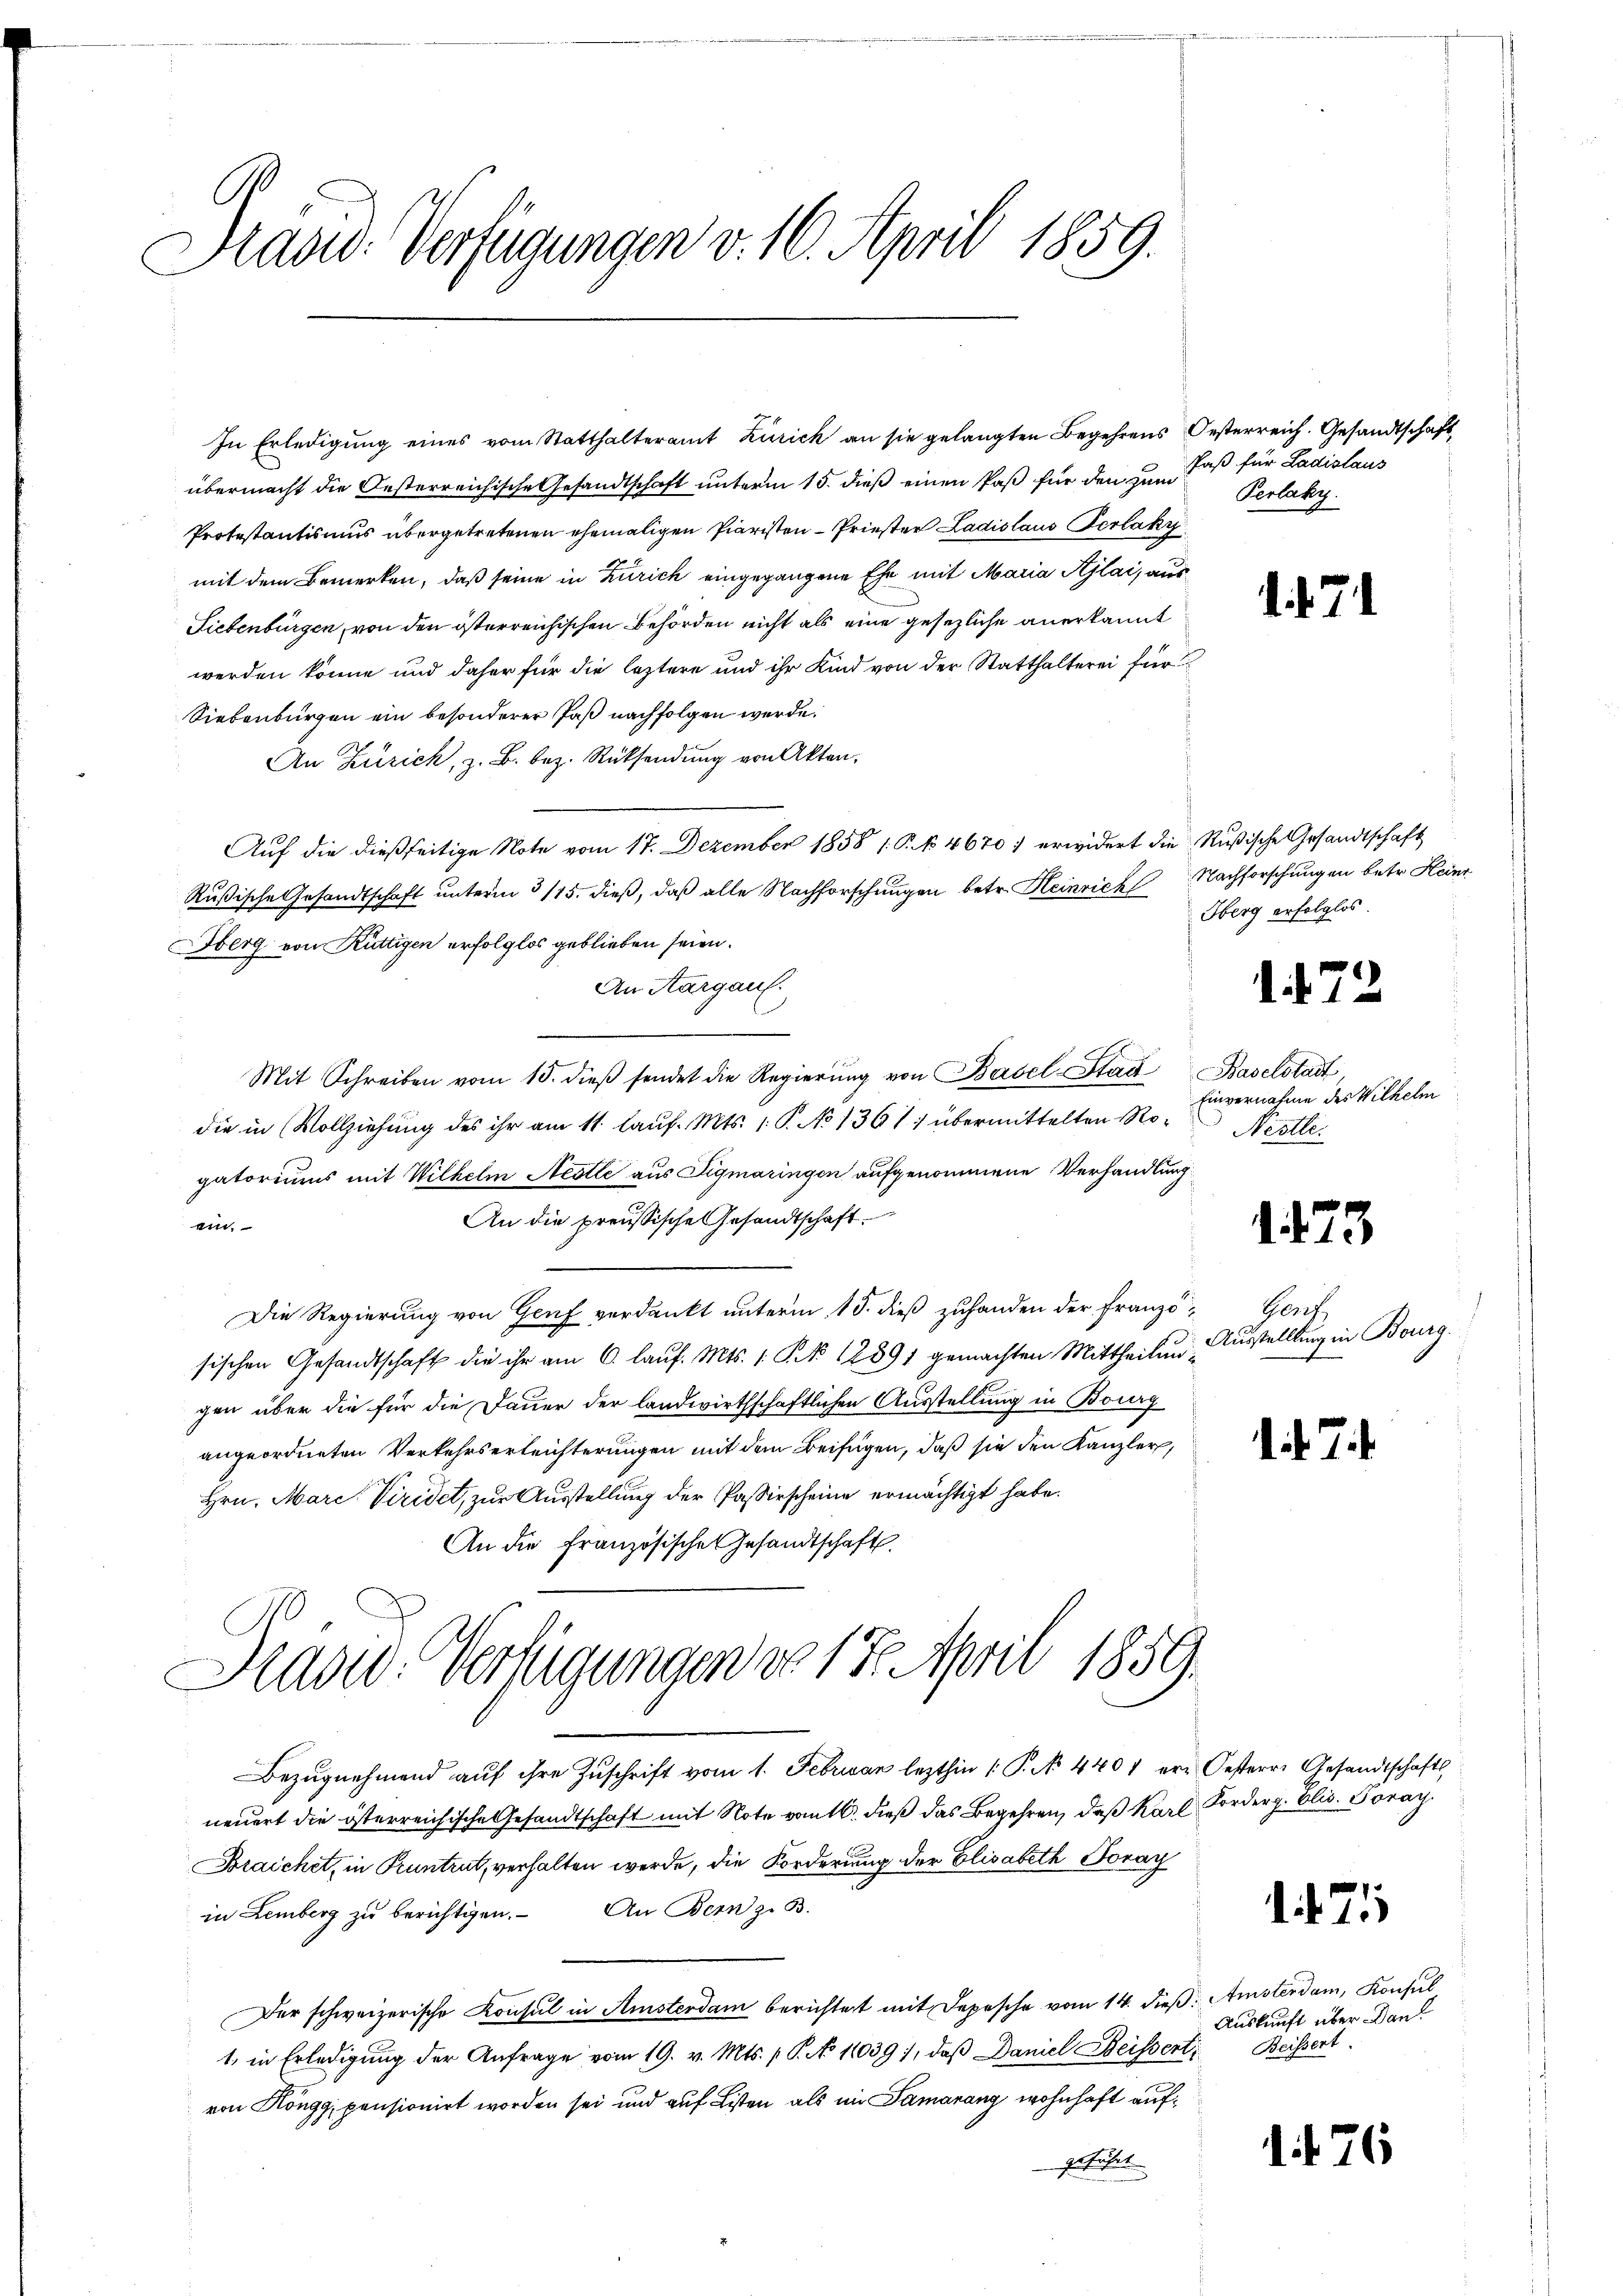
Präsid. Verfügungen v. 16. April 1859.

In Erledigung eines vom Statthalteramt Zürich an sie gelangten Begehrens Oesterreich. Gesandtschaft,
übermacht die Oesterreichische Gesandtschaft unterm 15. dieß einen Paß für den zum
Protestantismus übergetretenen ehemaligen Paristen Priester Ladislaus Verlakz
mit dem Bemerken, daß seine in Zürich eingegangene Ehe mit Maria Ajlai, aus
Liebenbürgen, von den österreichischen Behörden nicht als eine gesezliche anerkannt
werden könne und daher für die leztere und ihr Kind von der Statthalterei für
Siebenbürgen ein besonderer Paß nachfolgen werde.
An Zürich, z. B. bez. Rücksendung von Akten.
Auf die dießseitige Note vom 17. Dezember 1858 1. P. N. 4670) erwidert die Rußische Gesandtschaft
Rußische Gesandtschaft unterm 3115. dieß, daß alle Nachforschungen betr. Heinrich
Sberg von Rüttigen erfolglos geblieben seien.
An Aargau.
Mit Schreiben vom 15. dieβ sendet die Regierŭng von Basel-Stad Baselstadt
die in Vollziehung des ihr am 11. Lauf. Mts. 1. P. No 1361) übermittelten Rogatoriums mit Wilhelm Nestli aus Sigmaringen aufgenommene Verhandlung
An die preussische Gesandtschaft.
ein.
Die Regierung von Genf verdankt unterm 15. dieß zuhanden der Franzö- Genf
sischen Gesandtschaft die ihr am 6. lauf. Mts. 1. P. No 12891 gemachten Mittheilungen über die für die Dauer der landwirthschaftlichen Ausstellung in Bourg
angeordneten Verkehrserleichterungen mit dem Beifügen, daß sie den Kanzler,
Hrn. Marc Viridet, zur Ausstellung der Passirscheine ermächtigt habe.
An die Französische Gesandtschaft
n
Brasid. Verfügungen do 17. April 1859.
Bezugnehmend auf ihre Zuschrift vom 1. Februar lezthin 1. P. N. 4401 er Oesterre Gesandtschaft,
neuert die österreichische Gesandtschaft mit Note vom 16. dieß das Begehren, daß Karl Forderg. Elis. Foray.
Braichet, in Pruntrut, verhalten werde, die Forderung der Elisabeth Soray
in Lemberg zu berichtigen. An Bern z. B.
Der schweizerische Konsul in Amsterdam berichtet mit Depesche vom 14. dieß: Amsterdam, Konsul
1. in Erledigung der Anfrage vom 19. v. Mts. p. P. No 11039), daß Daniel Beissert,
von Köngg, pensionirt worden sei und auf Listen als im Samarang wohnhaft aufgeführt

Faß für Ladislaus
Perlaky.

Nachforschungen betr. Heinr
Herg erfolglos.

Einvernahme des Wilhelm
Nestle

Ausstellung in Bourg.

1. f. 71

1. 472

1473

.

21

1. 476

Auskunft über Dan
Beissert.